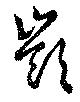
嶺